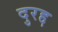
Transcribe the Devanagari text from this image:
दुरद्द